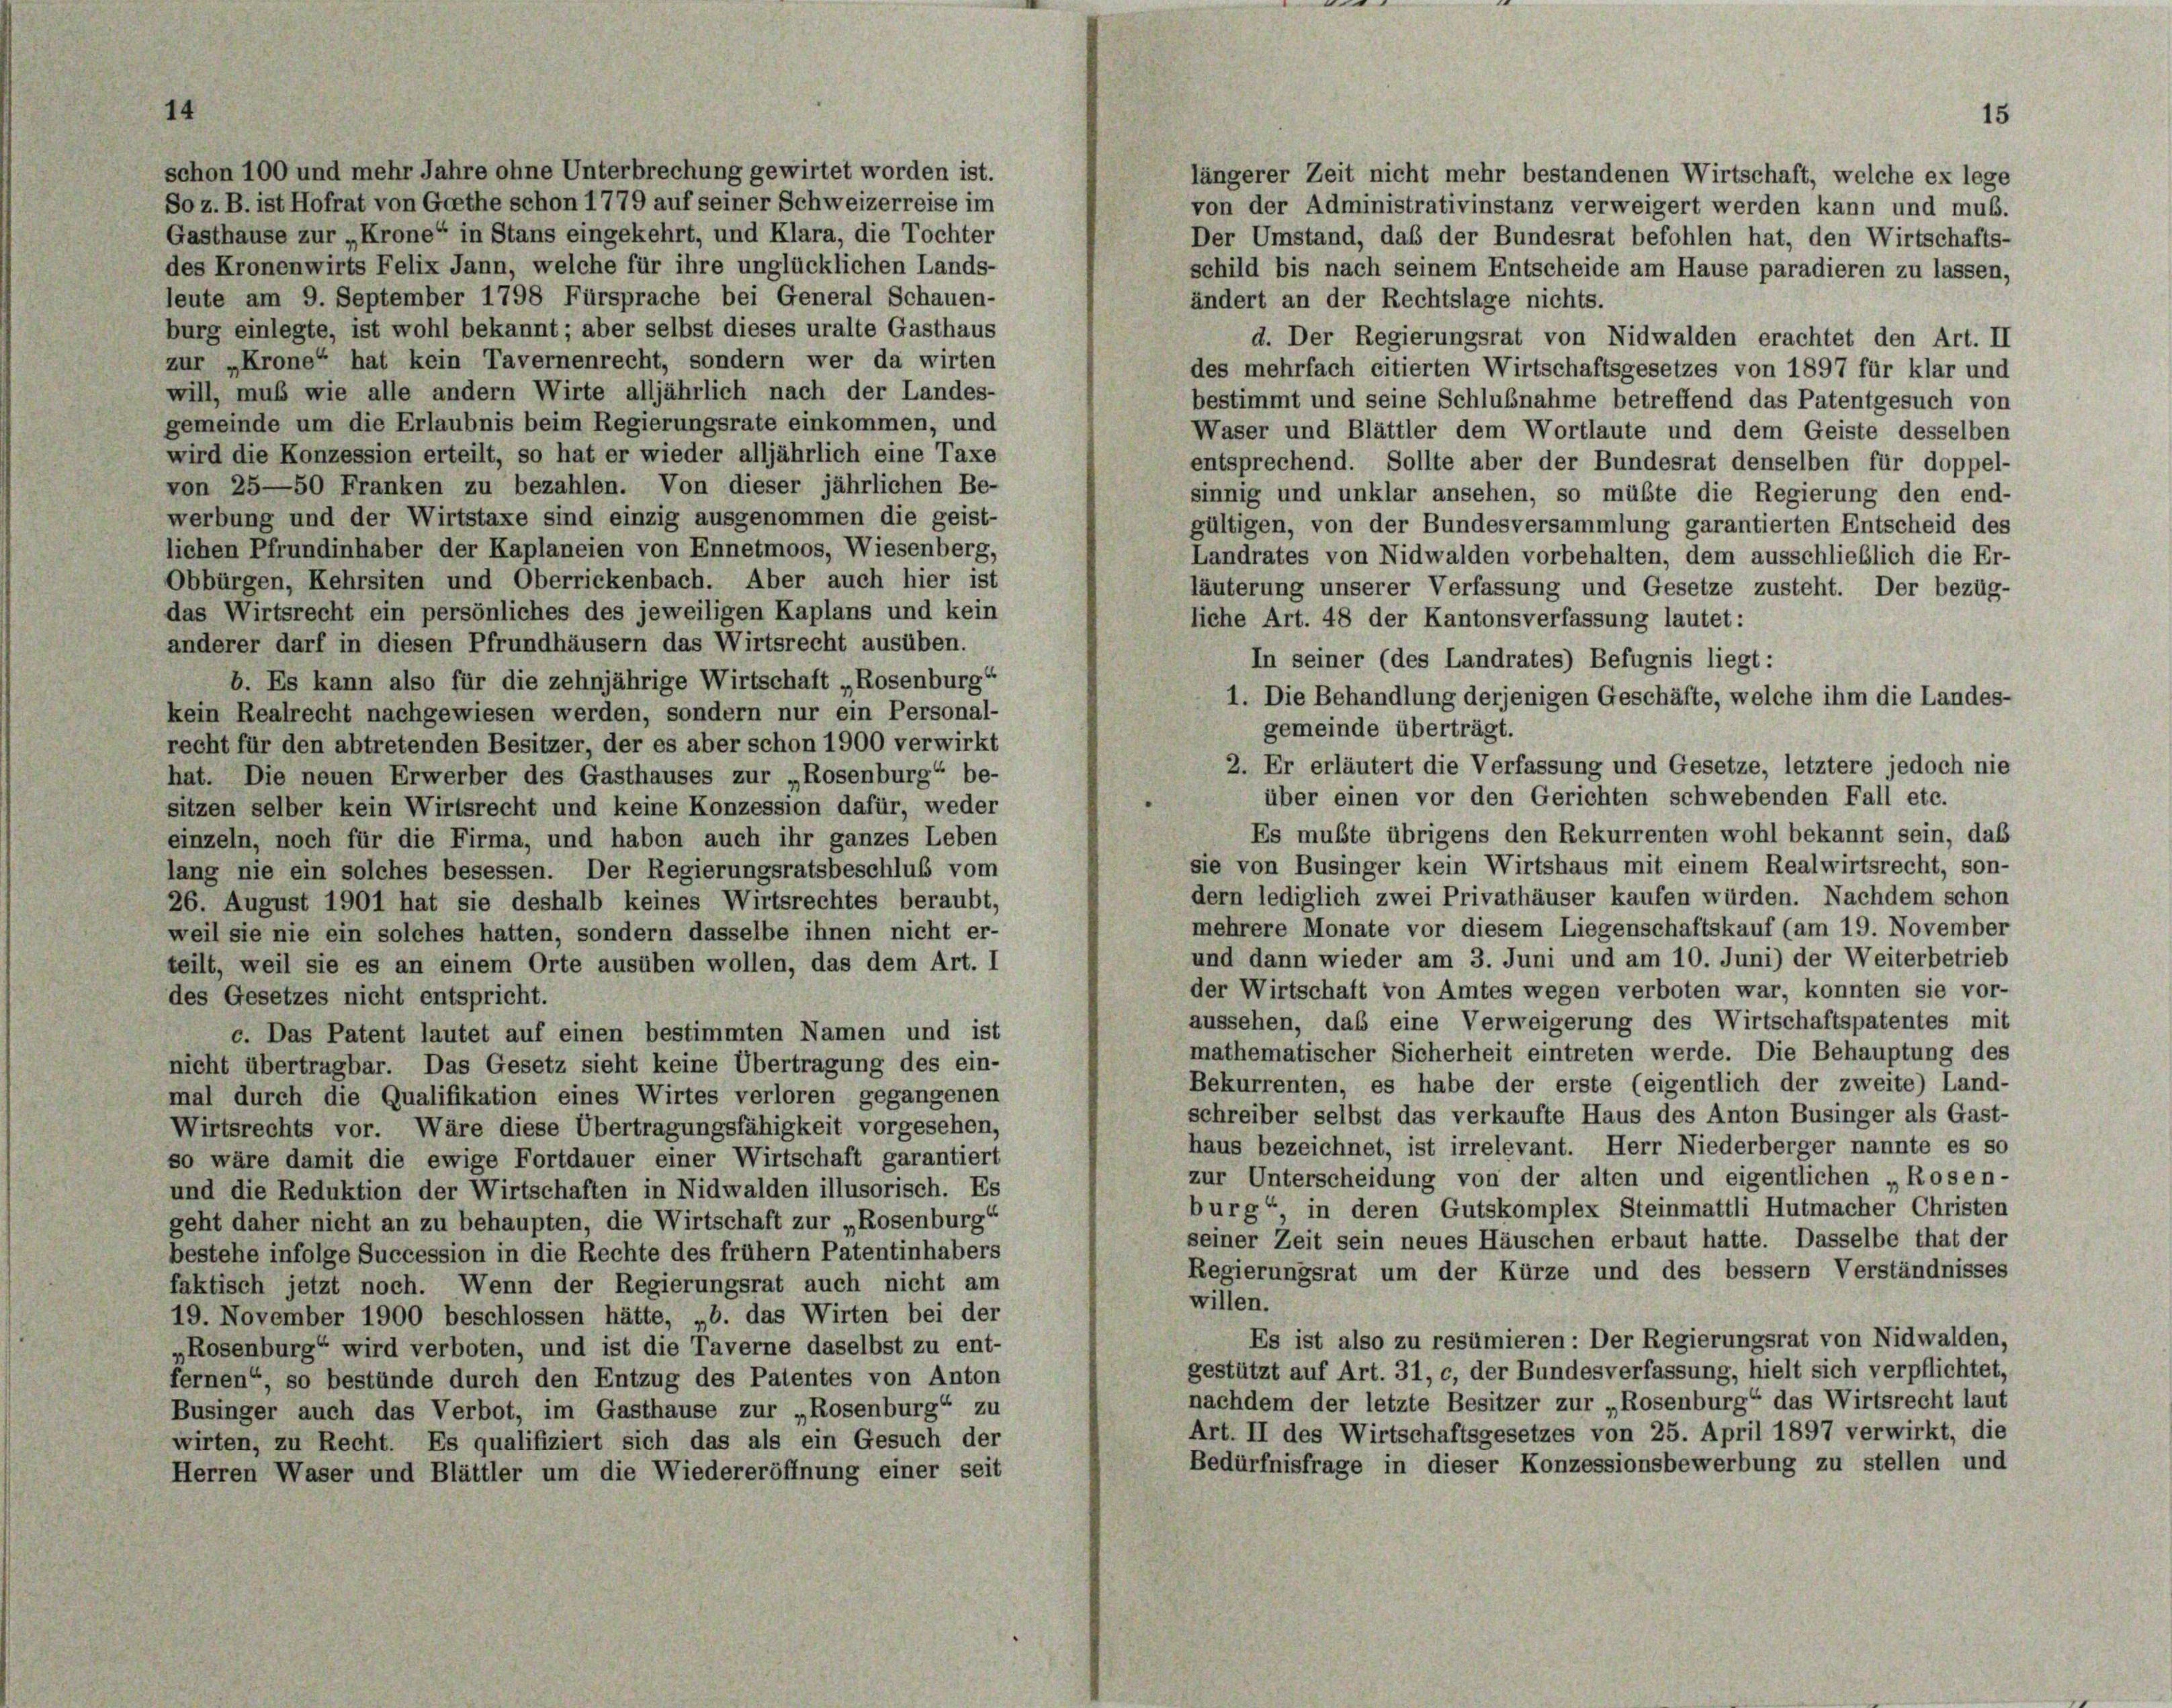
schon 100 und mehr Jahre ohne Unterbrechung gewirtet worden ist.
längerer Zeit nicht mehr bestandenen Wirtschaft, welche ex lege
So z. B. ist Hofrat von Goethe schon 1779 auf seiner Schweizerreise im
von der Administrativinstanz verweigert werden kann und muß.
Gasthause zur „Krone“ in Stans eingekehrt, und Klara, die Tochter
Der Umstand, daß der Bundesrat befohlen hat, den Wirtschafts-
des Kronenwirts Felix Jann, welche für ihre unglücklichen Lands-
schild bis nach seinem Entscheide am Hause paradieren zu lassen,
leute am 9. September 1798 Fürsprache bei General Schauen-
ändert an der Rechtslage nichts.
burg einlegte, ist wohl bekannt; aber selbst dieses uralte Gasthaus
d. Der Regierungsrat von Nidwalden erachtet den Art. II
zur „Krone“ hat kein Tavernenrecht, sondern wer da wirten
des mehrfach citierten Wirtschaftsgesetzes von 1897 für klar und
will, muß wie alle andern Wirte alljährlich nach der Landes-
bestimmt und seine Schlußnahme betreffend das Patentgesuch von
gemeinde um die Erlaubnis beim Regierungsrate einkommen, und
Waser und Blättler dem Wortlaute und dem Geiste desselben
wird die Konzession erteilt, so hat er wieder alljährlich eine Taxe
entsprechend. Sollte aber der Bundesrat denselben für doppel-
von 25—50 Franken zu bezahlen. Von dieser jährlichen Be-
sinnig und unklar ansehen, so müßte die Regierung den end-
werbung und der Wirtstaxe sind einzig ausgenommen die geist-
gültigen, von der Bundesversammlung garantierten Entscheid des
lichen Pfrundinhaber der Kaplaneien von Ennetmoos, Wiesenberg,
Landrates von Nidwalden vorbehalten, dem ausschließlich die Er-
Obbürgen, Kehrsiten und Oberrickenbach. Aber auch hier ist
läuterung unserer Verfassung und Gesetze zusteht. Der bezüg-
das Wirtsrecht ein persönliches des jeweiligen Kaplans und kein
liche Art. 48 der Kantonsverfassung lautet:
anderer darf in diesen Pfrundhäusern das Wirtsrecht ausüben.
In seiner (des Landrates) Befugnis liegt:
b. Es kann also für die zehnjährige Wirtschaft „Rosenburg“
1. Die Behandlung derjenigen Geschäfte, welche ihm die Landes-
kein Realrecht nachgewiesen werden, sondern nur ein Personal-
gemeinde überträgt.
recht für den abtretenden Besitzer, der es aber schon 1900 verwirkt
2. Er erläutert die Verfassung und Gesetze, letztere jedoch nie
hat. Die neuen Erwerber des Gasthauses zur „Rosenburg“ be-
über einen vor den Gerichten schwebenden Fall etc.
sitzen selber kein Wirtsrecht und keine Konzession dafür, weder
Es mußte übrigens den Rekurrenten wohl bekannt sein, das
einzeln, noch für die Firma, und haben auch ihr ganzes Leben
sie von Businger kein Wirtshaus mit einem Realwirtsrecht, son-
lang nie ein solches besessen. Der Regierungsratsbeschluß vom
dern lediglich zwei Privathäuser kaufen würden. Nachdem schon
26. August 1901 hat sie deshalb keines Wirtsrechtes beraubt,
mehrere Monate vor diesem Liegenschaftskauf (am 19. November
weil sie nie ein solches hatten, sondern dasselbe ihnen nicht er-
und dann wieder am 3. Juni und am 10. Juni) der Weiterbetrieb
teilt, weil sie es an einem Orte ausüben wollen, das dem Art. I
der Wirtschaft von Amtes wegen verboten war, konnten sie vor-
des Gesetzes nicht entspricht.
aussehen, daß eine Verweigerung des Wirtschaftspatentes mit
c. Das Patent lautet auf einen bestimmten Namen und ist
mathematischer Sicherheit eintreten werde. Die Behauptung des
nicht übertragbar. Das Gesetz sieht keine Übertragung des ein-
Bekurrenten, es habe der erste (eigentlich der zweite) Land-
mal durch die Qualifikation eines Wirtes verloren gegangenen
schreiber selbst das verkaufte Haus des Anton Businger als Gast-
Wirtsrechts vor. Wäre diese Übertragungsfähigkeit vorgesehen,
haus bezeichnet, ist irrelevant. Herr Niederberger nannte es so
so wäre damit die ewige Fortdauer einer Wirtschaft garantiert
zur Unterscheidung von der alten und eigentlichen „Rosen-
und die Reduktion der Wirtschaften in Nidwalden illusorisch. Es
burg“ in deren Gutskomplex Steinmattli Hutmacher Christen
geht daher nicht an zu behaupten, die Wirtschaft zur „Rosenburg“
seiner Zeit sein neues Häuschen erbaut hatte. Dasselbe that der
bestehe infolge Succession in die Rechte des frühem Patentinhabers
Regierungsrat um der Kürze und des bessern Verständnisses
faktisch jetzt noch. Wenn der Regierungsrat auch nicht am
willen.
19. November 1900 beschlossen hätte, b. das Wirten bei der
Es ist also zu resümieren: Der Regierungsrat von Nidwalden,
„Rosenburg“ wird verboten, und ist die Taverne daselbst zu ent-
gestützt auf Art. 31, c, der Bundesverfassung, hielt sich verpflichtet,
fernen“, so bestünde durch den Entzug des Patentes von Anton
nachdem der letzte Besitzer zur „Rosenburg“ das Wirtsrecht laut
Businger auch das Verbot, im Gasthause zur „Rosenburg“ zu
Art. II des Wirtschaftsgesetzes von 25. April 1897 verwirkt, die
wirten, zu Recht. Es qualifiziert sich das als ein Gesuch der
Bedürfnisfrage in dieser Konzessionsbewerbung zu stellen und
Herren Waser und Blättler um die Wiedereröffnung einer seit